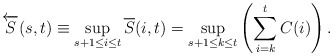
\begin{align*} \overleftarrow{S}(s,t) \equiv \sup_{s+1\le i\le t} \overline{S}(i,t) = \sup_{{s+1}\le{k}\le{t}}\left(\sum\limits_{i=k}\limits^{t}{C(i)}\right).\end{align*}